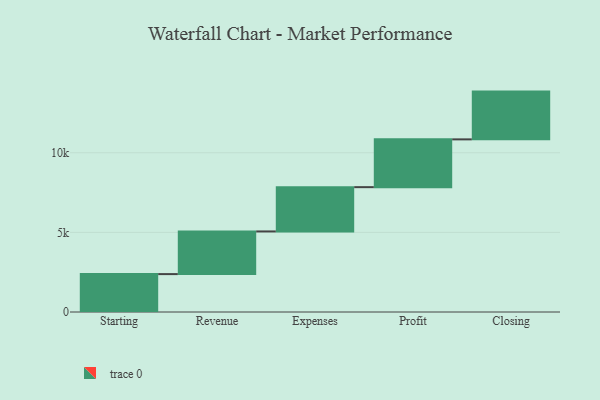
{"axis": {"x": "Step", "y": "Value"}, "legend": [""], "data": [{"x": "Starting", "y": 2380.0, "type": ""}, {"x": "Revenue", "y": 2679.0, "type": ""}, {"x": "Expenses", "y": 2781.0, "type": ""}, {"x": "Profit", "y": 3000, "type": ""}, {"x": "Closing", "y": 3000, "type": ""}]}